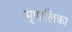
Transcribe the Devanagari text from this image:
मृणालिका